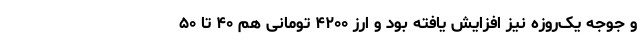
و جوجه یک‌روزه نیز افزایش یافته بود و ارز ۴۲۰۰ تومانی هم ۴۰ تا ۵۰